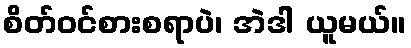
စိတ်ဝင်စားစရာပဲ၊ အဲဒါ ယူမယ်။